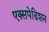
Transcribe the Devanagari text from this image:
एक्सपेडिशन